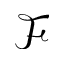
\mathcal { F }